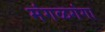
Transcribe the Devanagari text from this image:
मंगळगंगा